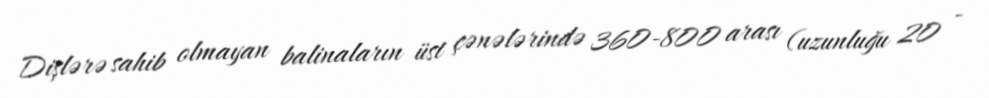
Dişlərə sahib olmayan balinaların üst çənələrində 360-800 arası (uzunluğu 20 -